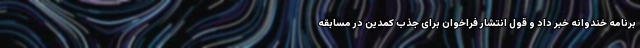
برنامه خندوانه خبر داد و قول انتشار فراخوان برای جذب کمدین در مسابقه